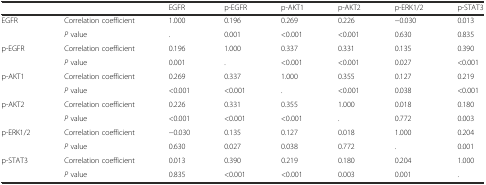
<table><thead><tr><td></td><td></td><td><b>EGFR</b></td><td><b>p-EGFR</b></td><td><b>p-AKT1</b></td><td><b>p-AKT2</b></td><td><b>p-ERK1/2</b></td><td><b>p-STAT3</b></td></tr></thead><tbody><tr><td>EGFR</td><td>Correlation coefficient</td><td>1.000</td><td>0.196</td><td>0.269</td><td>0.226</td><td>−0.030</td><td>0.013</td></tr><tr><td></td><td><i>P</i> value</td><td>.</td><td>0.001</td><td>&lt;0.001</td><td>&lt;0.001</td><td>0.630</td><td>0.835</td></tr><tr><td>p-EGFR</td><td>Correlation coefficient</td><td>0.196</td><td>1.000</td><td>0.337</td><td>0.331</td><td>0.135</td><td>0.390</td></tr><tr><td></td><td><i>P</i> value</td><td>0.001</td><td>.</td><td>&lt;0.001</td><td>&lt;0.001</td><td>0.027</td><td>&lt;0.001</td></tr><tr><td>p-AKT1</td><td>Correlation coefficient</td><td>0.269</td><td>0.337</td><td>1.000</td><td>0.355</td><td>0.127</td><td>0.219</td></tr><tr><td></td><td><i>P</i> value</td><td>&lt;0.001</td><td>&lt;0.001</td><td>.</td><td>&lt;0.001</td><td>0.038</td><td>&lt;0.001</td></tr><tr><td>p-AKT2</td><td>Correlation coefficient</td><td>0.226</td><td>0.331</td><td>0.355</td><td>1.000</td><td>0.018</td><td>0.180</td></tr><tr><td></td><td><i>P</i> value</td><td>&lt;0.001</td><td>&lt;0.001</td><td>&lt;0.001</td><td>.</td><td>0.772</td><td>0.003</td></tr><tr><td>p-ERK1/2</td><td>Correlation coefficient</td><td>−0.030</td><td>0.135</td><td>0.127</td><td>0.018</td><td>1.000</td><td>0.204</td></tr><tr><td></td><td><i>P</i> value</td><td>0.630</td><td>0.027</td><td>0.038</td><td>0.772</td><td>.</td><td>0.001</td></tr><tr><td>p-STAT3</td><td>Correlation coefficient</td><td>0.013</td><td>0.390</td><td>0.219</td><td>0.180</td><td>0.204</td><td>1.000</td></tr><tr><td></td><td><i>P</i> value</td><td>0.835</td><td>&lt;0.001</td><td>&lt;0.001</td><td>0.003</td><td>0.001</td><td>.</td></tr></tbody></table>